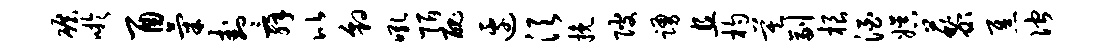
碾吁酉气卦舜比豹吼陌丑边须挽陂踊且杓莫副根酒娱藜焦伫